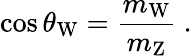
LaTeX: \cos\theta_{\mathrm{W}}={\frac{m_{\mathrm{W}}}{m_{\mathrm{Z}}}}~.